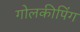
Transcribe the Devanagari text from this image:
गोलकीपिंग